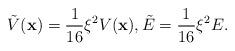
LaTeX: \begin{align*}\tilde{V}(\textbf{x})=\frac{1}{16}\xi^2V(\textbf{x}),\tilde{E}=\frac{1}{16}\xi^2E.\end{align*}